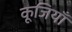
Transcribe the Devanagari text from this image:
कूजियाँ